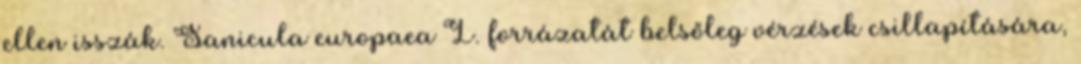
ellen isszák. Sanicula europaea L. forrázatát belsőleg vérzések csillapítására,